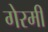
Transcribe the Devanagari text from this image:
गेरमी